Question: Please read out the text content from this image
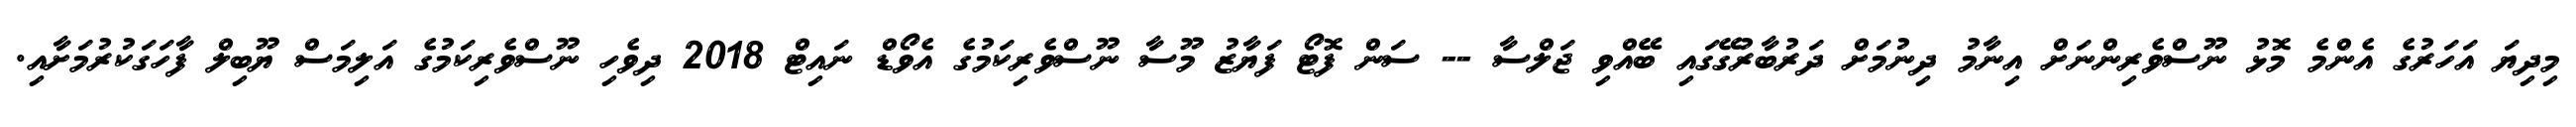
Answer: މިދިޔަ އަހަރުގެ އެންމެ މޮޅު ނޫސްވެރިންނަށް އިނާމު ދިނުމަށް ދަރުބާރުގޭގައި ބޭއްވި ޖަލްސާ -- ސަން ފޮޓޯ ފަޔާޒު މޫސާ ނޫސްވެރިކަމުގެ އެވޯޑް ނައިޓް 2018 ދިވެހި ނޫސްވެރިކަމުގެ އަލިމަސް ޔޫބިލް ފާހަގަކުރުމަށާއި.